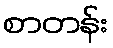
စာတန်း